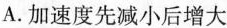
A.加速度先减小后增大